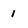
Character: 1